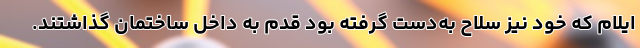
ایلام که خود نیز سلاح به‌دست گرفته بود قدم به داخل ساختمان گذاشتند.